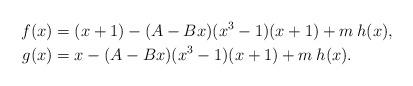
LaTeX: \begin{align*} f(x) & = (x+1) -(A-Bx)(x^3-1)(x+1) + m\:h(x),\\g(x) & = x -(A-Bx)(x^3-1)(x+1) + m\: h(x).\end{align*}